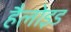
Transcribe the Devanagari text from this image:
हैलोइड